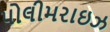
પોલીમરાઇઝ